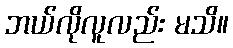
ဘယ်လိုလူလည်း မသိ။